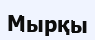
Мырқы